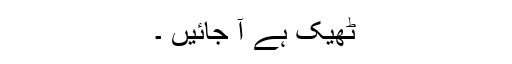
ٹھیک ہے آ جائیں ۔